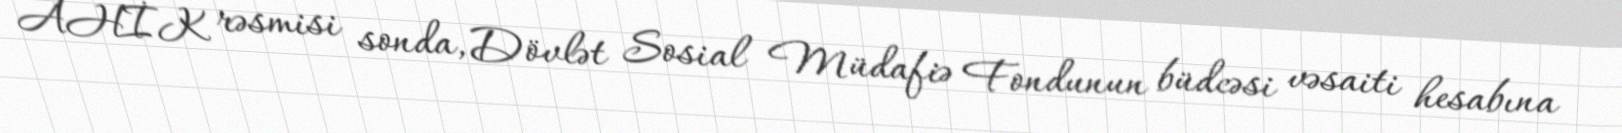
AHİK rəsmisi sonda, Dövlət Sosial Müdafiə Fondunun büdcəsi vəsaiti hesabına